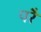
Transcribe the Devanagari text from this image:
परेै